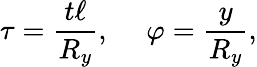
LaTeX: \tau={\frac{t\ell}{R_{y}}},~~~~~\varphi={\frac{y}{R_{y}}},